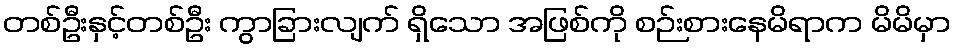
တစ်ဦးနှင့်တစ်ဦး ကွာခြားလျက် ရှိသော အဖြစ်ကို စဉ်းစားနေမိရာက မိမိမှာ